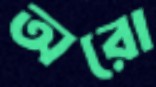
অরো